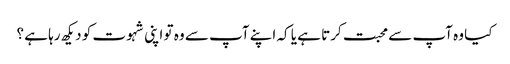
کیا وہ آپ سے محبت کرتا ہے یا کہ اپنے آپ سے وہ تو اپنی شہوت کو دیکھ رہا ہے ؟